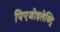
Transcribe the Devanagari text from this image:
पिएजोइलेक्ट्रि